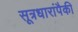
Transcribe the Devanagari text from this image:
सूत्रधारांपैकी